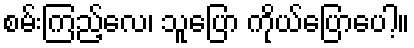
စမ်းကြည့်လေ၊ သူပြော ကိုယ်ပြောပေါ့။